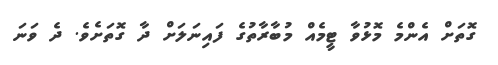
ގޮތަށް އެންމެ މޮޅުވާ ޓީމެއް މުބާރާތުގެ ފައިނަލަށް ދާ ގޮތަށެވެ. ދެ ވަނަ